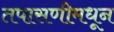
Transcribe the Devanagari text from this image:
तपासणीमधून